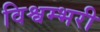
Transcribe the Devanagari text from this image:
विश्वम्भरी